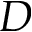
D